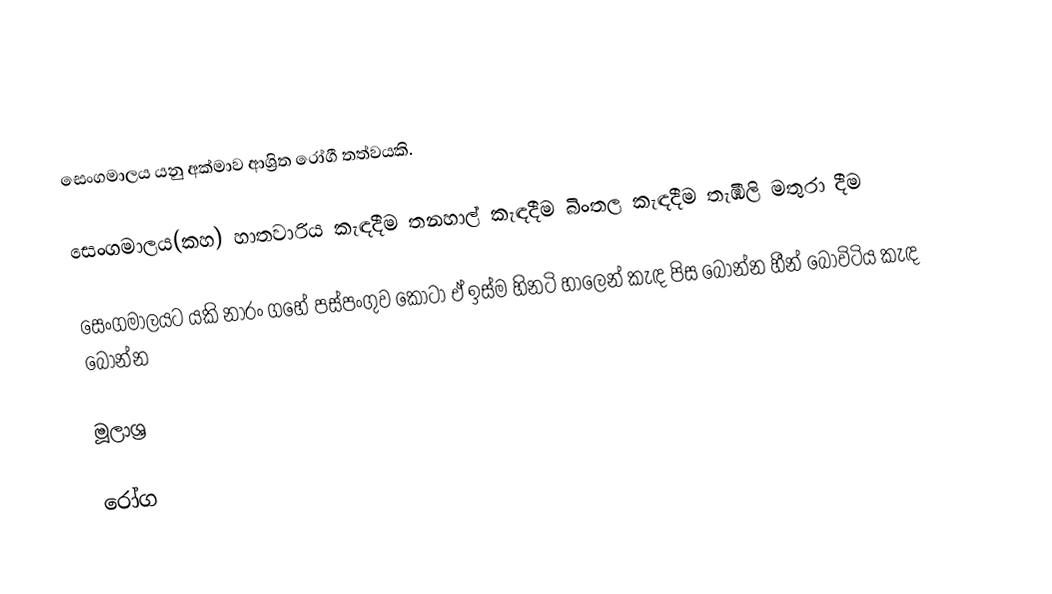
සෙංගමාලය යනු අක්මාව ආශ්‍රිත රෝගී තත්වයකි.

සෙංගමාලය(කහ)	හාතවාරිය කැඳදීම	තනහාල් කැඳදීම	බිංතල කැඳදීම	තැඹිලි මතුරා දීම

සෙංගමාලයට	යකි නාරං ගහේ පස්පංගුව කොටා ඒ ඉස්ම හිනටි හාලෙන් කැඳ පිස බොන්න	හීන් බෝවිටිය කැඳ බොන්න

මූලාශ්‍ර

රෝග